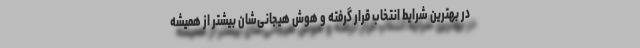
در بهترین شرایط انتخاب قرار گرفته و هوش هیجانی‌شان بیشتر از همیشه